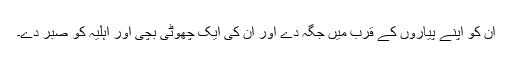
ان کو اپنے پیاروں کے قرب میں جگہ دے اور ان کی ایک چھوٹی بچی اور اہلیہ کو صبر دے۔